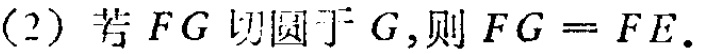
(2) 若 \(FG\) 切圆于 \(G\)，则 \(FG = FE\).